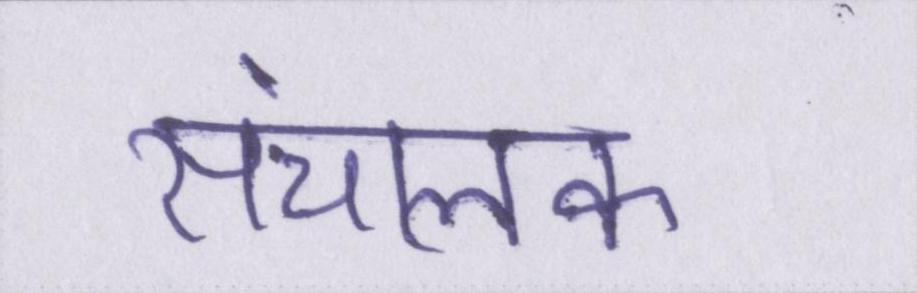
संचालक